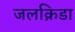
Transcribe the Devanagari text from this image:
जलक्रिडा